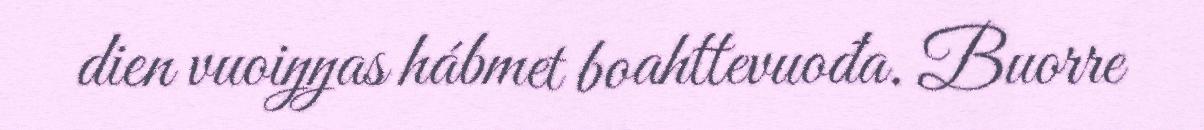
dien vuoiŋŋas hábmet boahttevuođa. Buorre